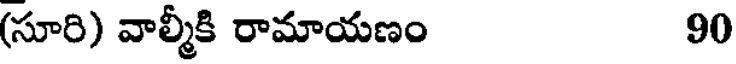
(సూరి) వాల్మీకి రామాయణం 90